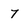
Character: 7